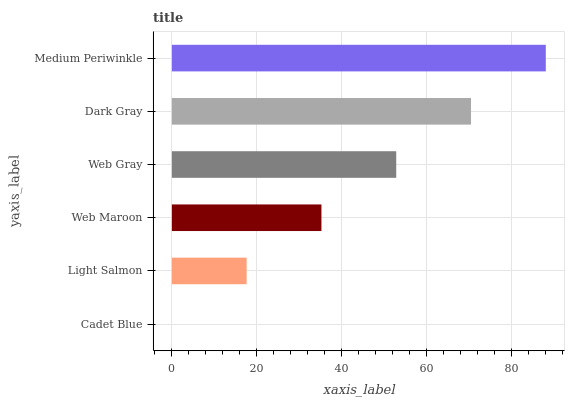
| yaxis_label | bars |
 | --- | --- |
 | Cadet Blue | 0 |
 | Light Salmon | 17.6 |
 | Web Maroon | 35.2 |
 | Web Gray | 52.8 |
 | Dark Gray | 70.4 |
 | Medium Periwinkle | 88 |